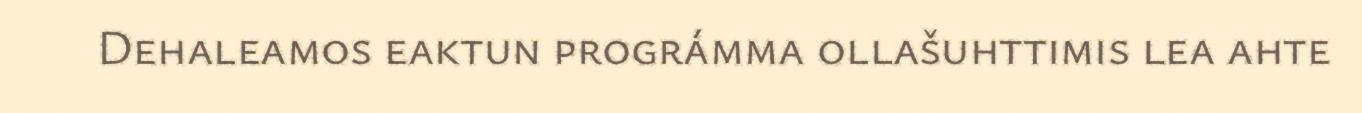
Dehaleamos eaktun prográmma ollašuhttimis lea ahte